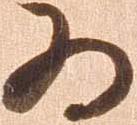
為